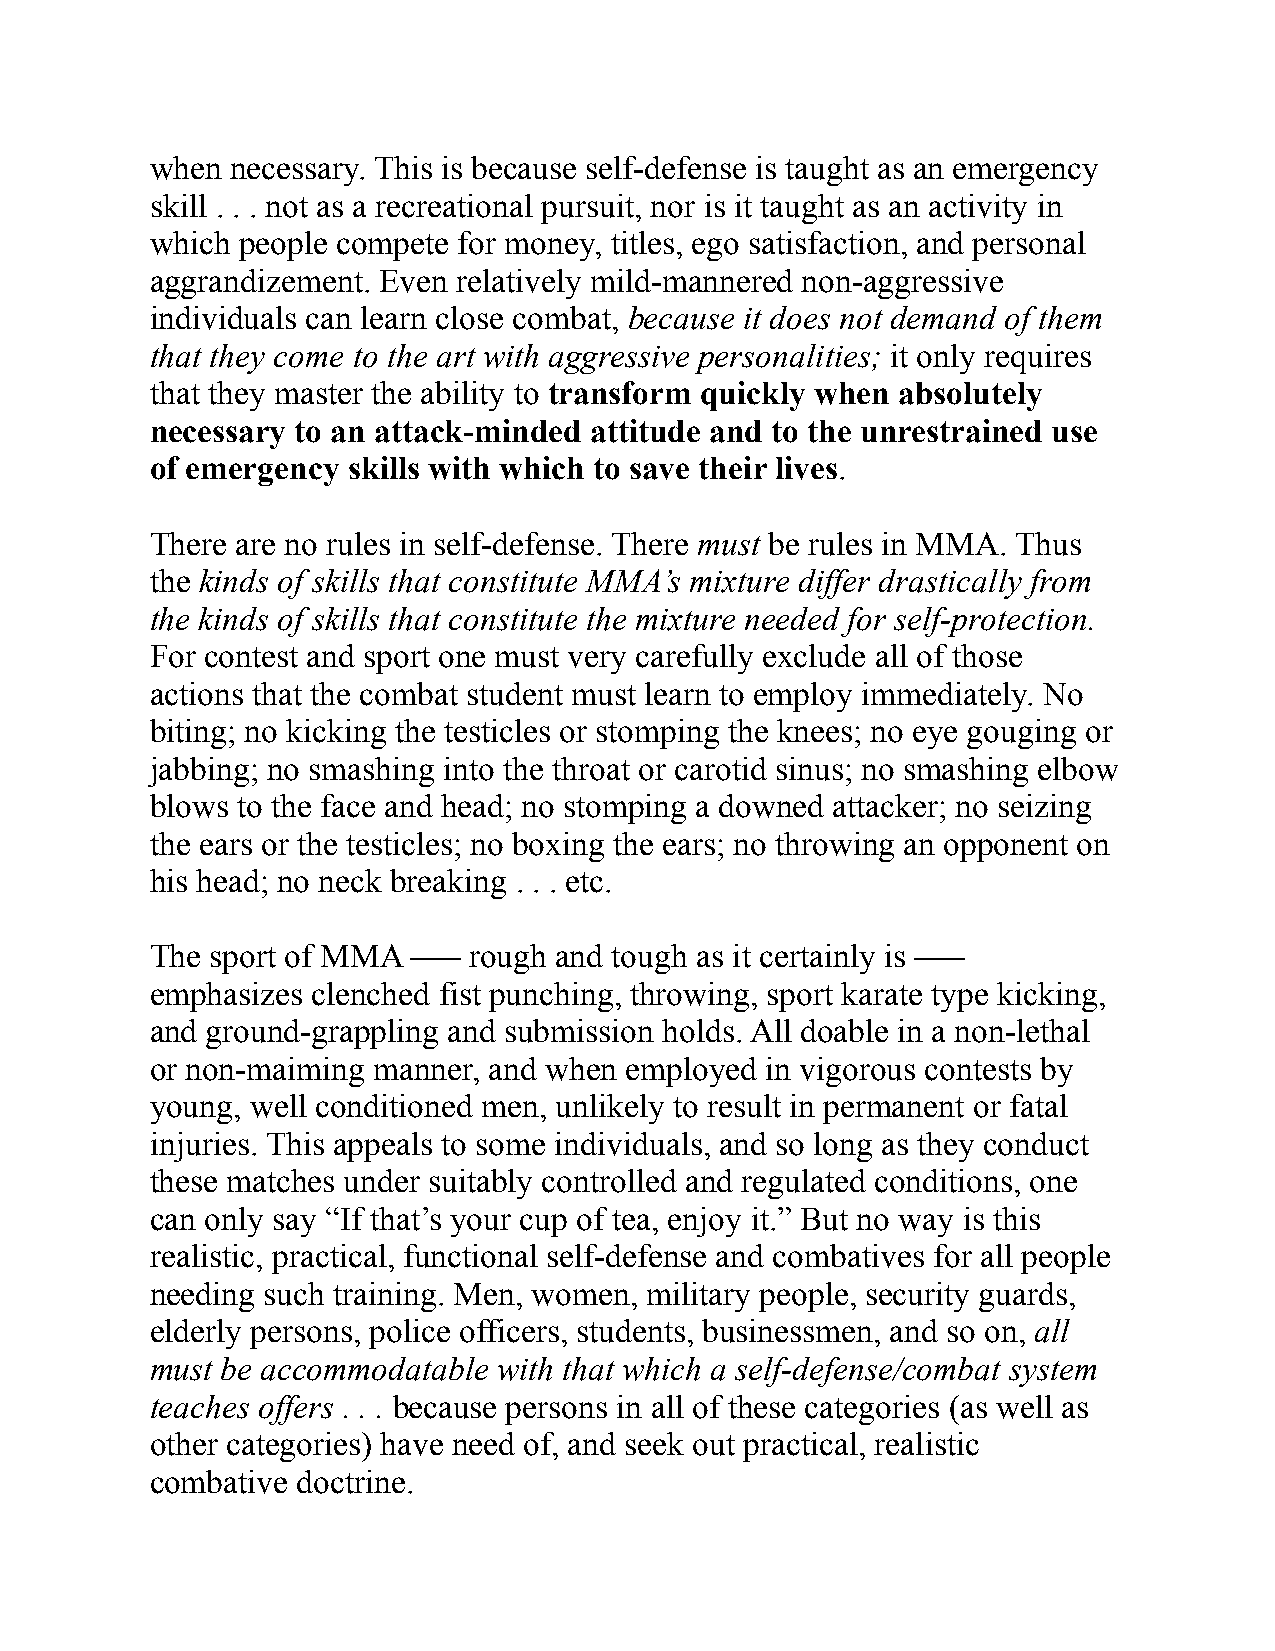
when necessary. This is because self-defense is taught as an emergency
 skill . . . not as a recreational pursuit, nor is it taught as an activity in
 which people compete for money, titles, ego satisfaction, and personal
 aggrandizement. Even relatively mild-mannered non-aggressive
 individuals can learn close combat, because it does not demand of them
 that they come to the art with aggressive personalities; it only requires
 that they master the ability to transform quickly when absolutely
 necessary to an attack-minded attitude and to the unrestrained use
 of emergency skills with which to save their lives.
 There are no rules in self-defense. There must be rules in MMA. Thus
 the kinds of skills that constitute MMA’s mixture differ drastically from
 the kinds of skills that constitute the mixture needed for self-protection.
 For contest and sport one must very carefully exclude all of those
 actions that the combat student must learn to employ immediately. No
 biting; no kicking the testicles or stomping the knees; no eye gouging or
 jabbing; no smashing into the throat or carotid sinus; no smashing elbow
 blows to the face and head; no stomping a downed attacker; no seizing
 the ears or the testicles; no boxing the ears; no throwing an opponent on
 his head; no neck breaking . . . etc.
 The sport of MMA ––– rough and tough as it certainly is –––
 emphasizes clenched fist punching, throwing, sport karate type kicking,
 and ground-grappling and submission holds. All doable in a non-lethal
 or non-maiming manner, and when employed in vigorous contests by
 young, well conditioned men, unlikely to result in permanent or fatal
 injuries. This appeals to some individuals, and so long as they conduct
 these matches under suitably controlled and regulated conditions, one
 can only say “If that’s your cup of tea, enjoy it.” But no way is this
 realistic, practical, functional self-defense and combatives for all people
 needing such training. Men, women, military people, security guards,
 elderly persons, police officers, students, businessmen, and so on, all
 must be accommodatable with that which a self-defense/combat system
 teaches offers . . . because persons in all of these categories (as well as
 other categories) have need of, and seek out practical, realistic
 combative doctrine.